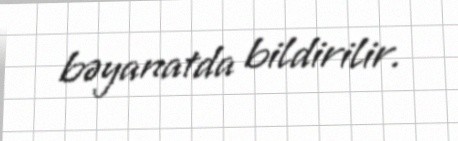
bəyanatda bildirilir.